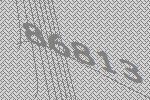
86813